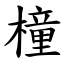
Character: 橦